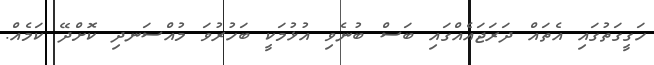
ހަގީގަތުގައި އެތައް ދަރަޖައެއްގައި ބަސް ބުނެވި އުޅުމަކީ ބަހުރުވަ މުއްސަނދި ކޮށްދޭ ކަމެއް.